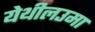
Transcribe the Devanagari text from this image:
येथीलउमा